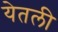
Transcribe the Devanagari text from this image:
येतली